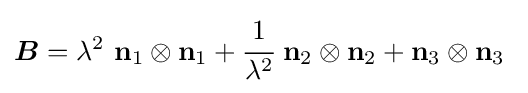
{\boldsymbol {B}}=\lambda ^{2}~\mathbf {n} _{1}\otimes \mathbf {n} _{1}+{\cfrac {1}{\lambda ^{2}}}~\mathbf {n} _{2}\otimes \mathbf {n} _{2}+\mathbf {n} _{3}\otimes \mathbf {n} _{3}~